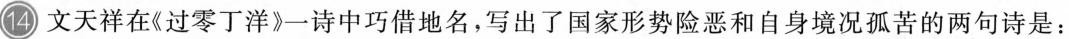
14 文天祥在《过零丁洋》一诗中巧借地名，写出了国家形势险恶和自身境况孤苦的两句诗是：